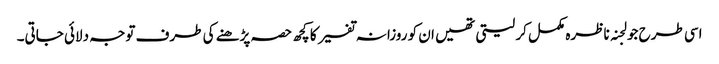
اسی طرح جو لجنہ ناظرہ مکمل کر لیتی تھیں ان کو روزانہ تفسیر کا کچھ حصہ پڑھنے کی طرف توجہ دلائی جاتی۔